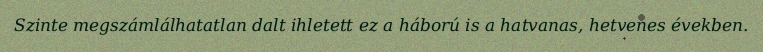
Szinte megszámlálhatatlan dalt ihletett ez a háború is a hatvanas, hetvenes években.